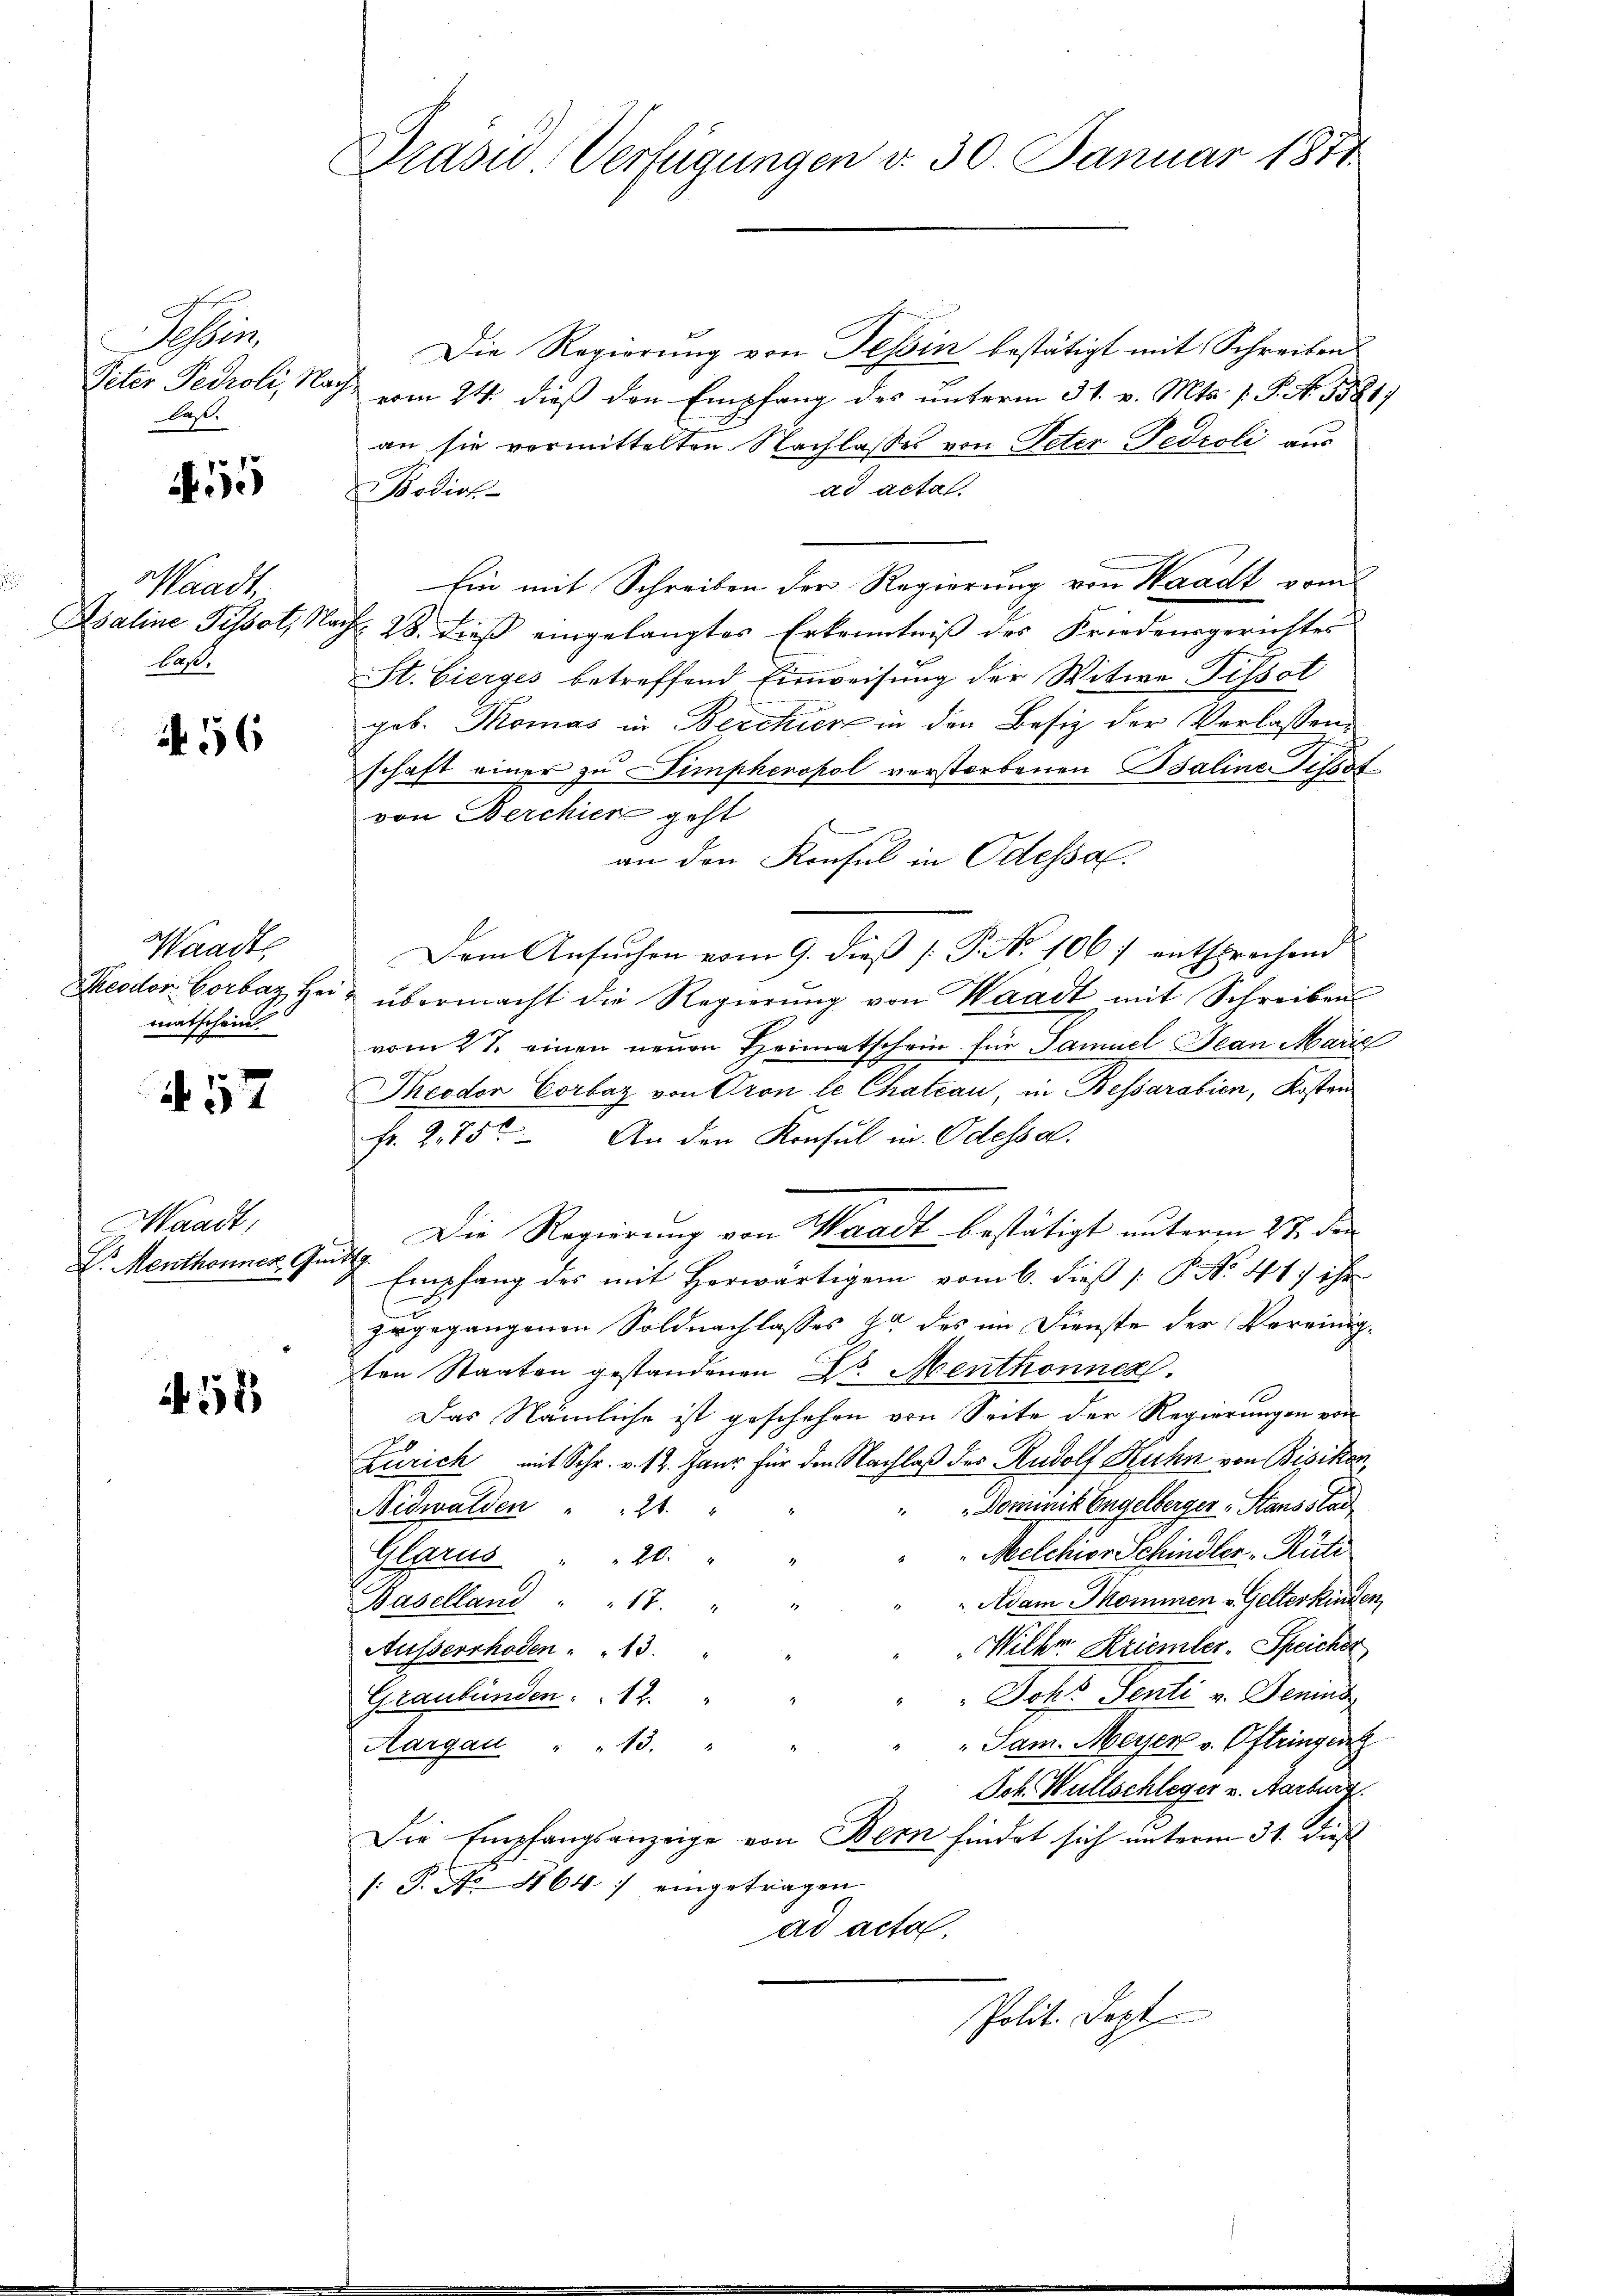
Aben
Peter Pedroli, Nach
Pas.

55

Waadt,
Asaline Pissot, Na
las.

56

Waadt
matschein

457

Waadt,
D. Menthonner Quitt

58

Drasw. Verfügungen d. 30. Januar 1871

Die Regierung von Tessin bestätigt mit Schreiben
c
vom 24. dieß den Empfang des unterm 31. v. Mts. [: P. No. 5581
an sie vormittelten Nachlasses von Peter Pedroli aus
ad actal
Volin
Ein mit Schreiben der Regierung von Waadt vom
Nr. 28. dieß eingelangtes Erkenntniß des Friedensgerichtes
St. Gierges betreffend Einweisung der Witwe Pissot
geb. Thomas in Berchier in den Besiz der Verlassenschaft einer zu Dimphenopol verstorbenen Baline Pissst
von Berchien geht
an den Konsul in Odessal.
Dem Ansŭchen vom 9. dieß P. Nr. 1067 entsprechend
Theodor Corbaz Heiz übermacht die Regierŭng von Waadt mit Schreiben
vom 27. einen neuen Heimatschein für Samuel Jean Marie
Theodor Corbar von Gron le Chateau, in Bessarabien, Kosten
Fr. 275. An den Konsul in Odessa.
Die Regierung von Waadt bestätigt unterm 27. den
Empfang des mit Herwärtigem vom 6. dieß [ P. No 41. ihre
zugegangenen Soldnachlasses zu des im Dienste der Vereinigten Staaten gestandenen Dr. Menthonnen.
Das Nämliche ist geschehen von Seite der Regierungen von
Zürich mit Schr. v. 12. Janz für den Nachlaß des Rudolf Kuhn von Bisikon,
 Dominik Engelberger Stausstad
Nidwalden " " 21. "
Melchior Schindler Rüti
Glarus 20.
Adam Jkommen & Gelterkinden
Baselland " " 17.
Milkr. Kriemler. Speicher
Ausserrhoden . . 13.
Johs. Senti v. Denins
Graubünden . . 12.
Sam. Meyer v. Oftringen
Aargau " " 13. "
Joh. Wüllschleger v. Aarburg
Die Empfangsanzeige von Bern findet sich unterm 31. dieß
: P. No 864. / eingetragen
ad acta.
Polit. Sept